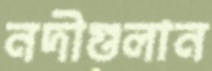
নদীগুলান